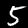
Digit: 5